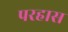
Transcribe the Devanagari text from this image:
परहास